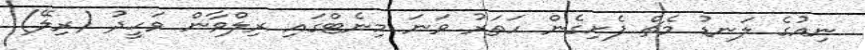
ނިއުގެ ލަނޑު މެޗް ފެށިގެން ހަތަރު ވަނަ މިނެޓްގައި ރިލްވާން ވަހީދު (ރިލޭ)